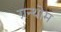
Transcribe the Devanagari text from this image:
ग्रन्थोम